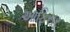
આફિસર